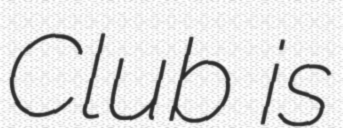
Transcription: Club is